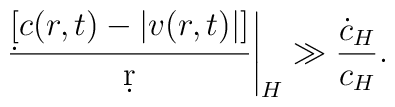
{\left.{\d  [c(r,t)- |v(r,t)|]\over \d r}\right|_H\gg {\dot c_H\over c_H}}.